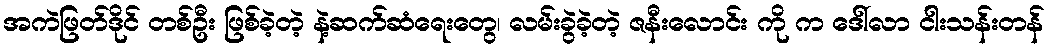
အကဲဖြတ်ဒိုင် တစ်ဦး ဖြစ်ခဲ့တဲ့ နဲ့ဆက်ဆံရေးတွေ၊ လမ်းခွဲခဲ့တဲ့ ဇနီးလောင်း ကို က ဒေါ်လာ ငါးသန်းတန်